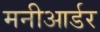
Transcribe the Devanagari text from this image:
मनीआर्डर